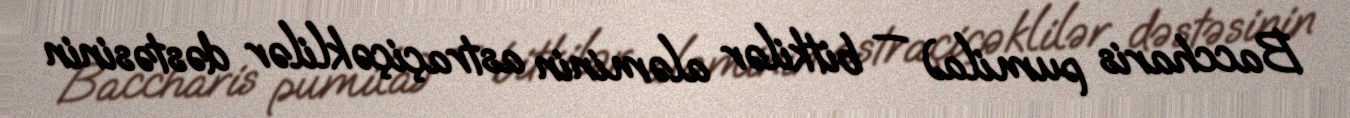
Baccharis pumila) — bitkilər aləminin astraçiçəklilər dəstəsinin